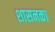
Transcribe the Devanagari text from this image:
शासनका